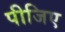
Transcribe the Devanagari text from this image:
पीजिए